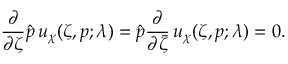
\frac \partial { \partial \zeta } \hat { p } \, u _ { \chi } ( \zeta , p ; \lambda ) = \hat { p } \frac \partial { \partial \bar { \zeta } } \, u _ { \chi } ( \zeta , p ; \lambda ) = 0 .